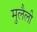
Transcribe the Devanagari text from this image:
मुलैली